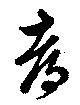
都